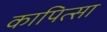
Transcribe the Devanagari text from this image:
कापित्सा